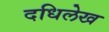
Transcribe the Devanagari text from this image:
दधिलेख